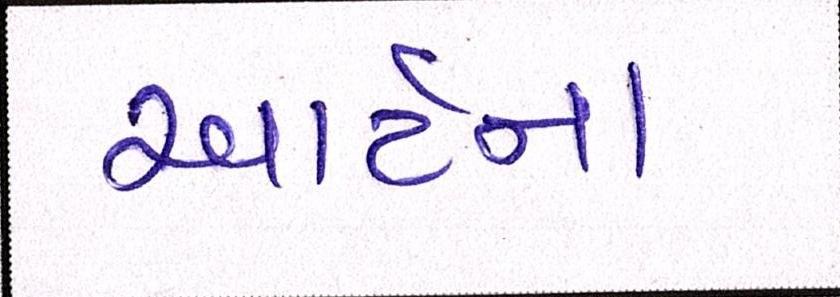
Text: આર્ટના